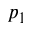
p _ { 1 }